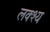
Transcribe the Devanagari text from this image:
लक्श्य